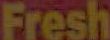
Fresh